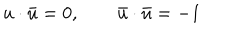
LaTeX: u \cdot \bar { u } = 0 , \qquad \bar { u } \cdot \bar { u } = - 1